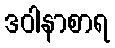
ဒဝါနာစာရ